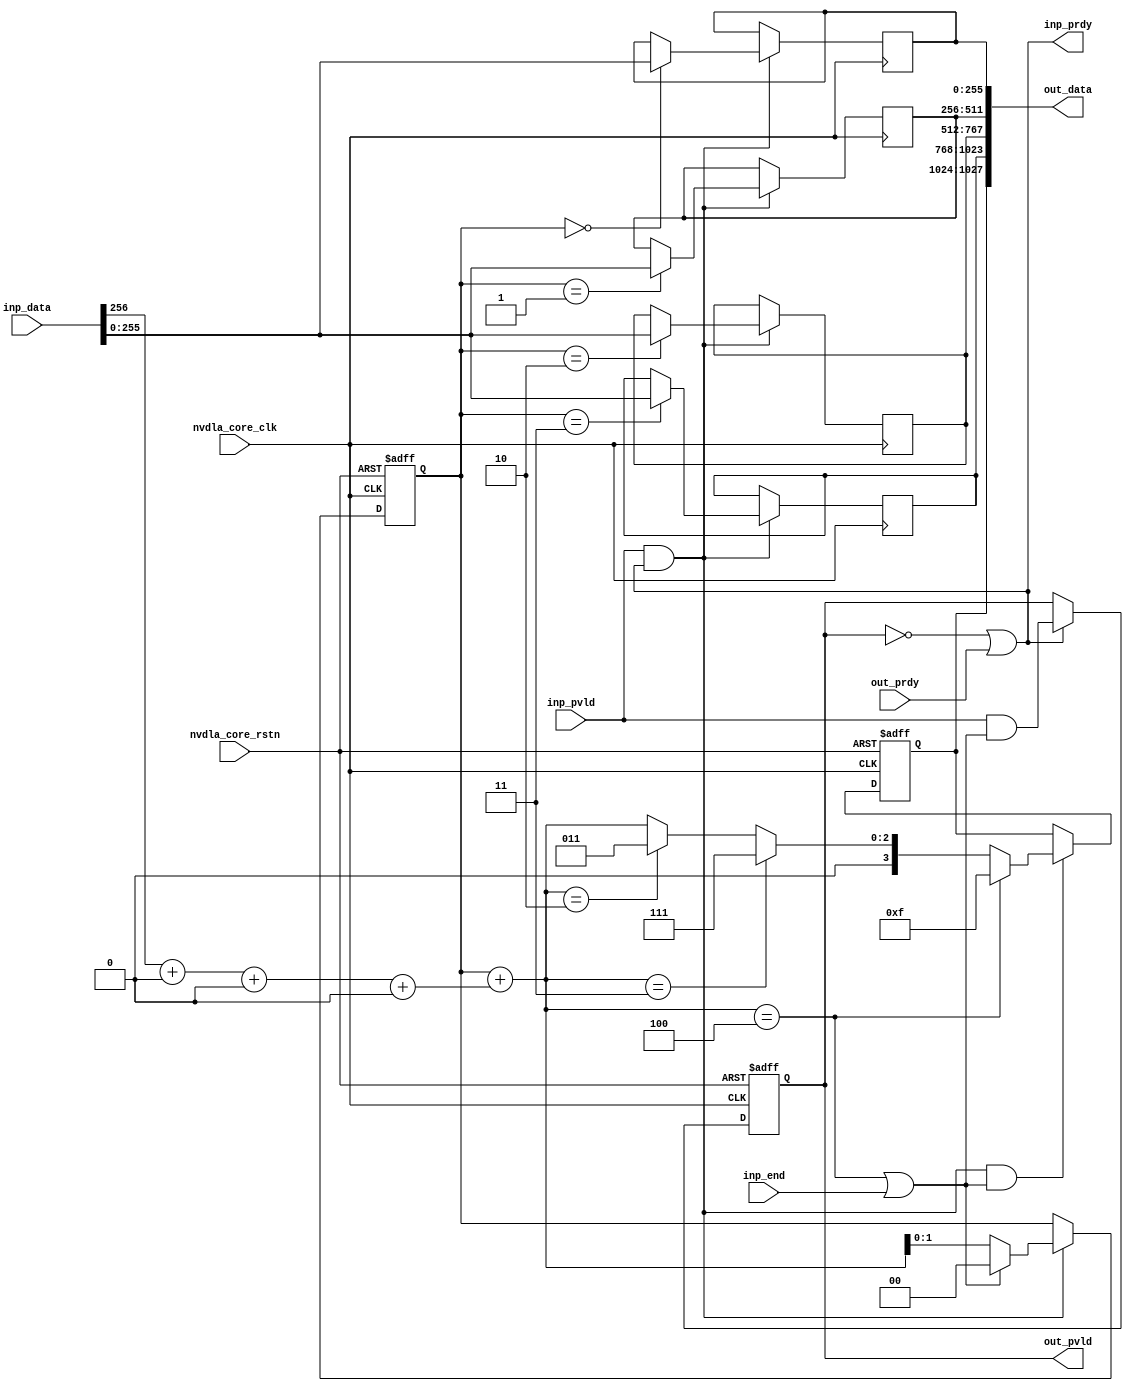
module NV_NVDLA_SDP_RDMA_unpack (
   nvdla_core_clk
  ,nvdla_core_rstn
  ,inp_data
  ,inp_pvld
  ,inp_prdy
  ,inp_end
  ,out_pvld
  ,out_data
  ,out_prdy
);
parameter RATIO = 4*32*8/256;
input nvdla_core_clk;
input nvdla_core_rstn;
input inp_end;
input inp_pvld;
output inp_prdy;
input [257 -1:0] inp_data;
output out_pvld;
input out_prdy;
output [4*32*8 +3:0] out_data;
reg [1:0] pack_cnt;
wire [2:0] pack_cnt_nxt;
reg mon_pack_cnt;
reg pack_pvld;
wire pack_prdy;
wire inp_acc;
wire is_pack_last;
reg [3:0] pack_mask;
reg [32*8 -1:0] pack_seq0;
reg [32*8 -1:0] pack_seq1;
reg [32*8 -1:0] pack_seq2;
reg [32*8 -1:0] pack_seq3;
wire [4*32*8 -1:0] pack_total;
assign pack_prdy = out_prdy;
assign out_pvld = pack_pvld;
assign inp_prdy = (!pack_pvld) | pack_prdy ;
always @(posedge nvdla_core_clk or negedge nvdla_core_rstn) begin
  if (!nvdla_core_rstn)
      pack_pvld <= 1'b0;
  else if (inp_prdy)
      pack_pvld <= inp_pvld & is_pack_last;
end
assign inp_acc = inp_pvld & inp_prdy;
wire [3:0] data_mask = {{(4-1){1'b0}},inp_data[257 -1:256]};
wire [1:0] data_size = data_mask[0] + data_mask[1] + data_mask[2] + data_mask[3];
assign pack_cnt_nxt = pack_cnt + data_size;
always @(posedge nvdla_core_clk or negedge nvdla_core_rstn) begin
  if (!nvdla_core_rstn) begin
      {mon_pack_cnt,pack_cnt} <= 3'h0;
  end else begin
    if (inp_acc) begin
        if (is_pack_last) begin
            {mon_pack_cnt,pack_cnt} <= 3'h0;
        end else begin
            {mon_pack_cnt,pack_cnt} <= pack_cnt_nxt;
        end
    end
  end
end
assign is_pack_last = (pack_cnt_nxt == 3'h4) | inp_end;
always @(posedge nvdla_core_clk or negedge nvdla_core_rstn) begin
  if (!nvdla_core_rstn)
     pack_mask <= 4'h0;
  else if (inp_acc & is_pack_last)
     pack_mask <= pack_cnt_nxt == 3'h4 ? 4'hf : pack_cnt_nxt == 3'h3 ? 4'h7 :
                  pack_cnt_nxt == 3'h2 ? 4'h3 : pack_cnt_nxt;
end
generate
if(RATIO == 1) begin : RATIO1
always @(posedge nvdla_core_clk) begin
  if (inp_acc) {pack_seq3,pack_seq2,pack_seq1,pack_seq0} <= inp_data[4*32*8 -1:0];
end
end
else if(RATIO == 2) begin : RATIO2
always @(posedge nvdla_core_clk) begin
  if (inp_acc) begin
    if (pack_cnt==3'h0) {pack_seq1,pack_seq0} <= inp_data[2*32*8 -1:0];
    if (pack_cnt==3'h2) {pack_seq3,pack_seq2} <= inp_data[2*32*8 -1:0];
  end
end
end
else if(RATIO == 4) begin : RATIO4
always @(posedge nvdla_core_clk) begin
  if (inp_acc) begin
    if (pack_cnt==3'h0) pack_seq0 <= inp_data[32*8 -1:0];
    if (pack_cnt==3'h1) pack_seq1 <= inp_data[32*8 -1:0];
    if (pack_cnt==3'h2) pack_seq2 <= inp_data[32*8 -1:0];
    if (pack_cnt==3'h3) pack_seq3 <= inp_data[32*8 -1:0];
  end
end
end
endgenerate
assign pack_total = {pack_seq3,pack_seq2,pack_seq1,pack_seq0};
assign out_data = {pack_mask[3:0],pack_total[4*32*8 -1:0]};
endmodule